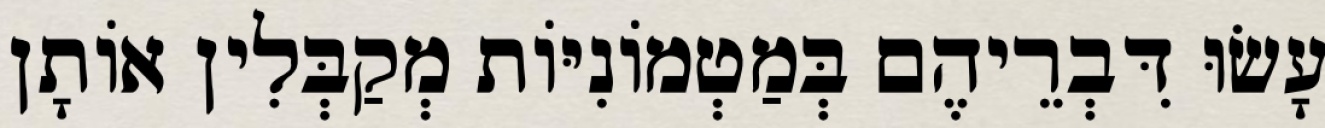
עָשׂוּ דִּבְרֵיהֶם בְּמַטְמוֹנִיּוֹת מְקַבְּלִין אוֹתָן